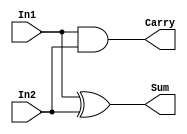
module half_adder(input In1, In2, output Sum, Carry);

  assign Sum = In1 ^ In2;

  assign Carry = In1 & In2;

endmodule